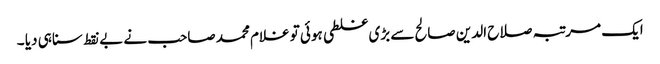
ایک مرتبہ صلاح الدین صالح سے بڑی غلطی ہوئی تو غلام محمد صاحب نے بے نقط سنا ہی دیا ۔